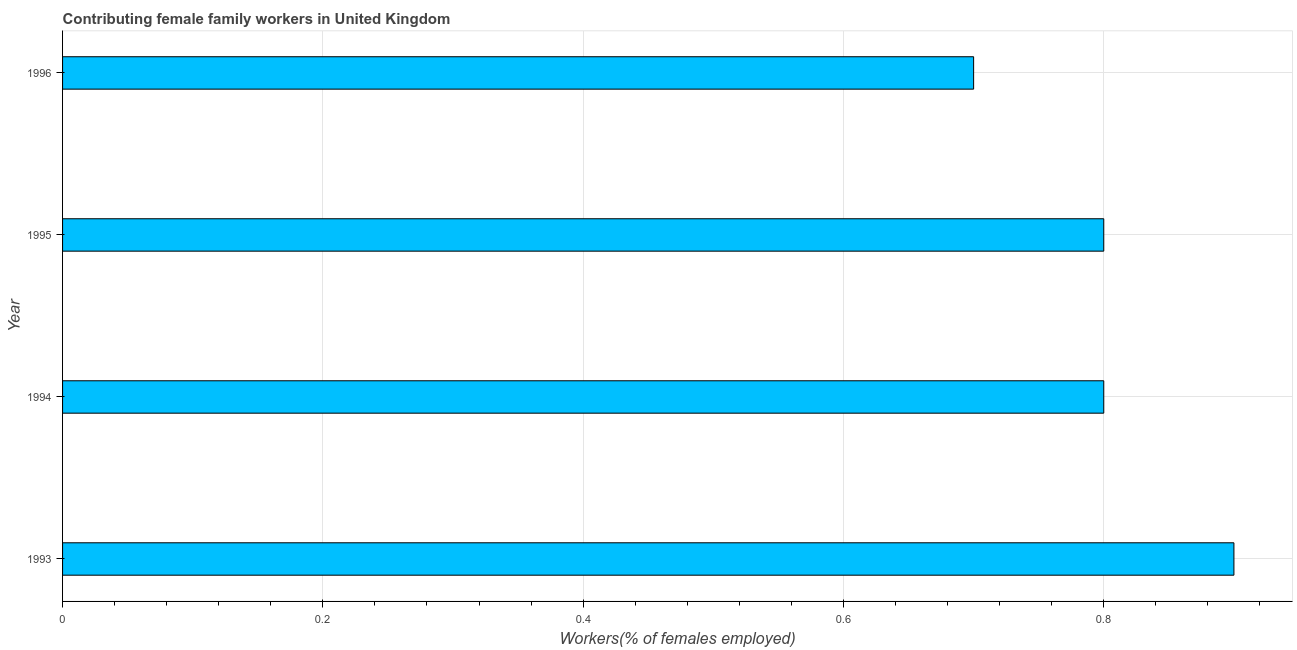
| Year | Contributing family workers |
 | --- | --- |
 | 1993 | 0.9 |
 | 1994 | 0.8 |
 | 1995 | 0.8 |
 | 1996 | 0.7 |